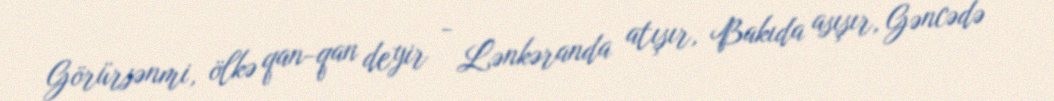
Görürsənmi, ölkə qan-qan deyir - Lənkəranda atışır, Bakıda asışır, Gəncədə